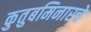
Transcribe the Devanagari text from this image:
कुतुबमिनारचे